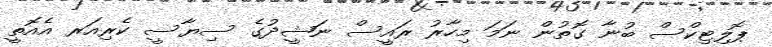
ޕޮލިޓިކްސް ބުނާ ގޮތުން ނަމަ މިހާރު ރައީސް ނަޝީދުގެ ސިޔާސީ ކެރިއަރ އެއޮތީ